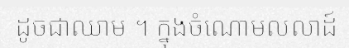
ដូចជាឈាម ។ ក្នុងចំណោមលលាដ៍